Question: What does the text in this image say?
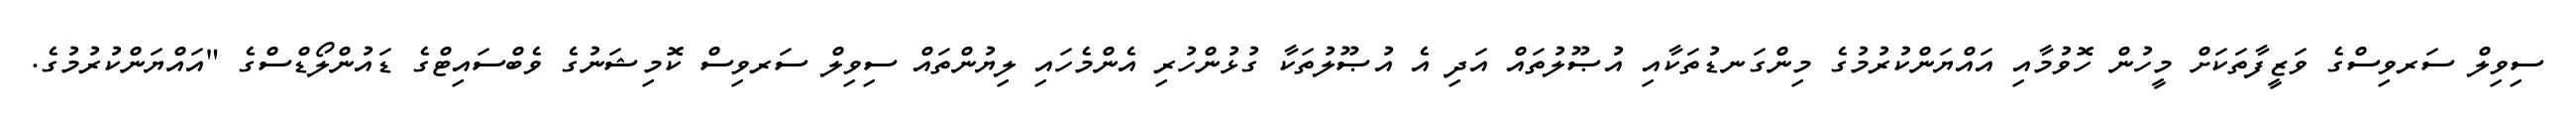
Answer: ސިވިލް ސަރވިސްގެ ވަޒީފާތަކަށް މީހުން ހޮވުމާއި އައްޔަންކުރުމުގެ މިންގަނޑުތަކާއި އުޞޫލުތައް އަދި އެ އުޞޫލުތަކާ ގުޅުންހުރި އެންމެހައި ލިޔުންތައް ސިވިލް ސަރވިސް ކޮމިޝަނުގެ ވެބްސައިޓްގެ ޑައުންލޯޑްސްގެ "އައްޔަންކުރުމުގެ.